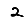
Digit: 2